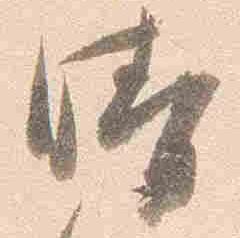
晴